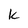
Character: k